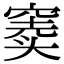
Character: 窦